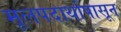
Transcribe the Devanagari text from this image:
मूलपदार्थांपासून